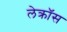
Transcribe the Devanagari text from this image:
लेक्रॉस